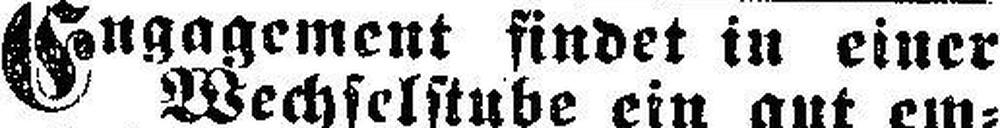
Engagement findet in einer